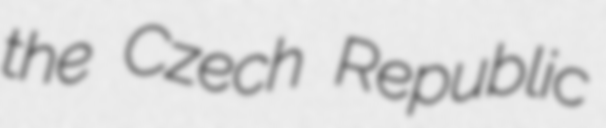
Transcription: the Czech Republic